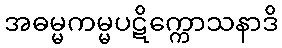
အဓမ္မကမ္မပဋိက္ကောသနာဒိ